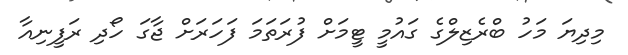
މިދިޔަ މަހު ބްރެޒިލްގެ ގައުމީ ޓީމަށް ފުރަަތަމަ ފަހަރަށް ޖާގަ ހޯދި ރަފީނިއާ